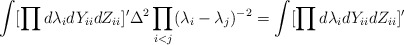
\begin{align*}\int [\prod d \lambda_i d Y_{ii}d Z_{ii}]'\Delta^2\prod_{i<j}(\lambda_i-\lambda_j)^{-2}=\int [\prod d \lambda_i d Y_{ii}d Z_{ii}]'\end{align*}